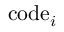
\mathrm { c o d e } _ { i }